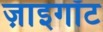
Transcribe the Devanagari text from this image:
ज़ाइगॉट